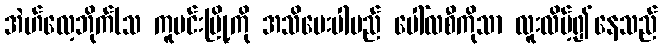
အဲဟ်လေ့ဘိုက်(သ ကူမင်းမြို့ကို အသိပေးပါမည် ပေါ်လစီကိုသာ လူးလိမ့်၍နေသည်